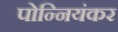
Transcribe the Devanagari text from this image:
पोन्नियंकर